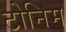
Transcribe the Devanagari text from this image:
टोनिम